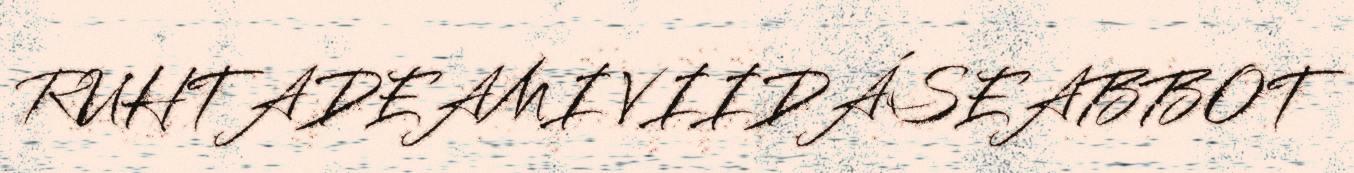
RUHTADEAMI VIIDÁSEABBOT